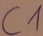
Text: C1